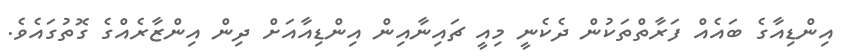
އިންޑިއާގެ ބައެއް ފަރާތްތަކުން ދެކެނީ މިއީ ޗައިނާއިން އިންޑިއާއަށް ދިން އިންޒާރެއްގެ ގޮތުގައެވެ.